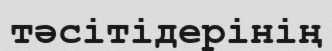
тәсітідерінің